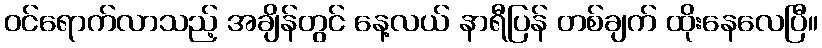
ဝင်ရောက်လာသည့် အချိန်တွင် နေ့လယ် နာရီပြန် တစ်ချက် ထိုးနေလေပြီ။